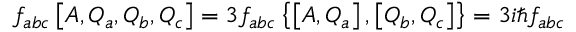
f _ { a b c } \left[ A , Q _ { a } , Q _ { b } , Q _ { c } \right] = 3 f _ { a b c } \left\{ \left[ A , Q _ { a } \right] , \left[ Q _ { b } , Q _ { c } \right] \right\} = 3 i \hbar f _ { a b c }